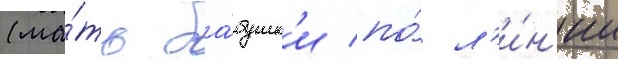
(ма́ть ба́бушк'и по́ л'и́н'ии